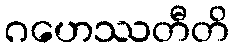
ဂဟေဿတီတိ